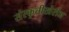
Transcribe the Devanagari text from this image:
संस्कृतीखेरीज